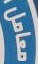
معامل